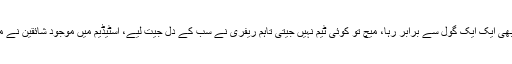
اذان ختم ہونے پر میچ دوبارہ شروع کیا گیا جو اضافی وقت کے اختتام پر بھی ایک ایک گول سے برابر رہا، میچ تو کوئی ٹیم نہیں جیتی تاہم ریفری نے سب کے دل جیت لیے، اسٹیڈیم میں موجود شائقین نے مذہبی احترام کے اس غیر معمولی اقدام پر ریفری کو خراج تحسین پیش کیا۔